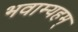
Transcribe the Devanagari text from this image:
भवाम्यहम्